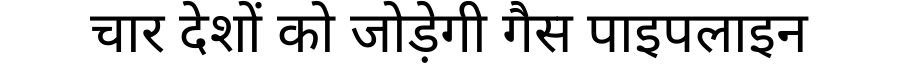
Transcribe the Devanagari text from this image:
चार देशों को जोड़ेगी गैस पाइपलाइन